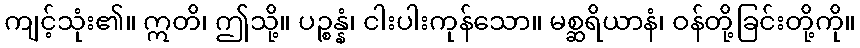
ကျင့်သုံး၏။ ဣတိ၊ ဤသို့။ ပဉ္စန္နံ၊ ငါးပါးကုန်သော။ မစ္ဆရိယာနံ၊ ဝန်တို့ခြင်းတို့ကို။